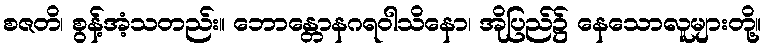
စဇတိ၊ စွန့်အံ့သတည်း။ ဘောန္တောနဂရဝါသိနော၊ အိုပြည်၌ နေသောလူများတို့။